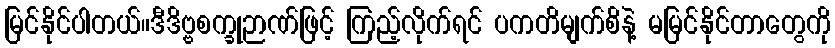
မြင်နိုင်ပါတယ်။ဒီဒိဗ္ဗစက္ခုဉာဏ်ဖြင့် ကြည့်လိုက်ရင် ပကတိမျက်စိနဲ့ မမြင်နိုင်တာတွေကို